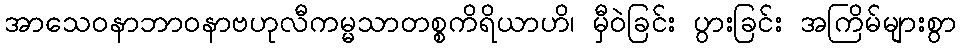
အာသေဝနာဘာဝနာဗဟုလီကမ္မသာတစ္စကိရိယာဟိ၊ မှီဝဲခြင်း ပွားခြင်း အကြိမ်များစွာ